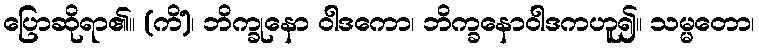
ပြောဆိုရာ၏။ (ကိံ)၊ ဘိက္ခုနော ဝါဒကော၊ ဘိက္ခနောဝါဒကဟူ၍။ သမ္မတော၊